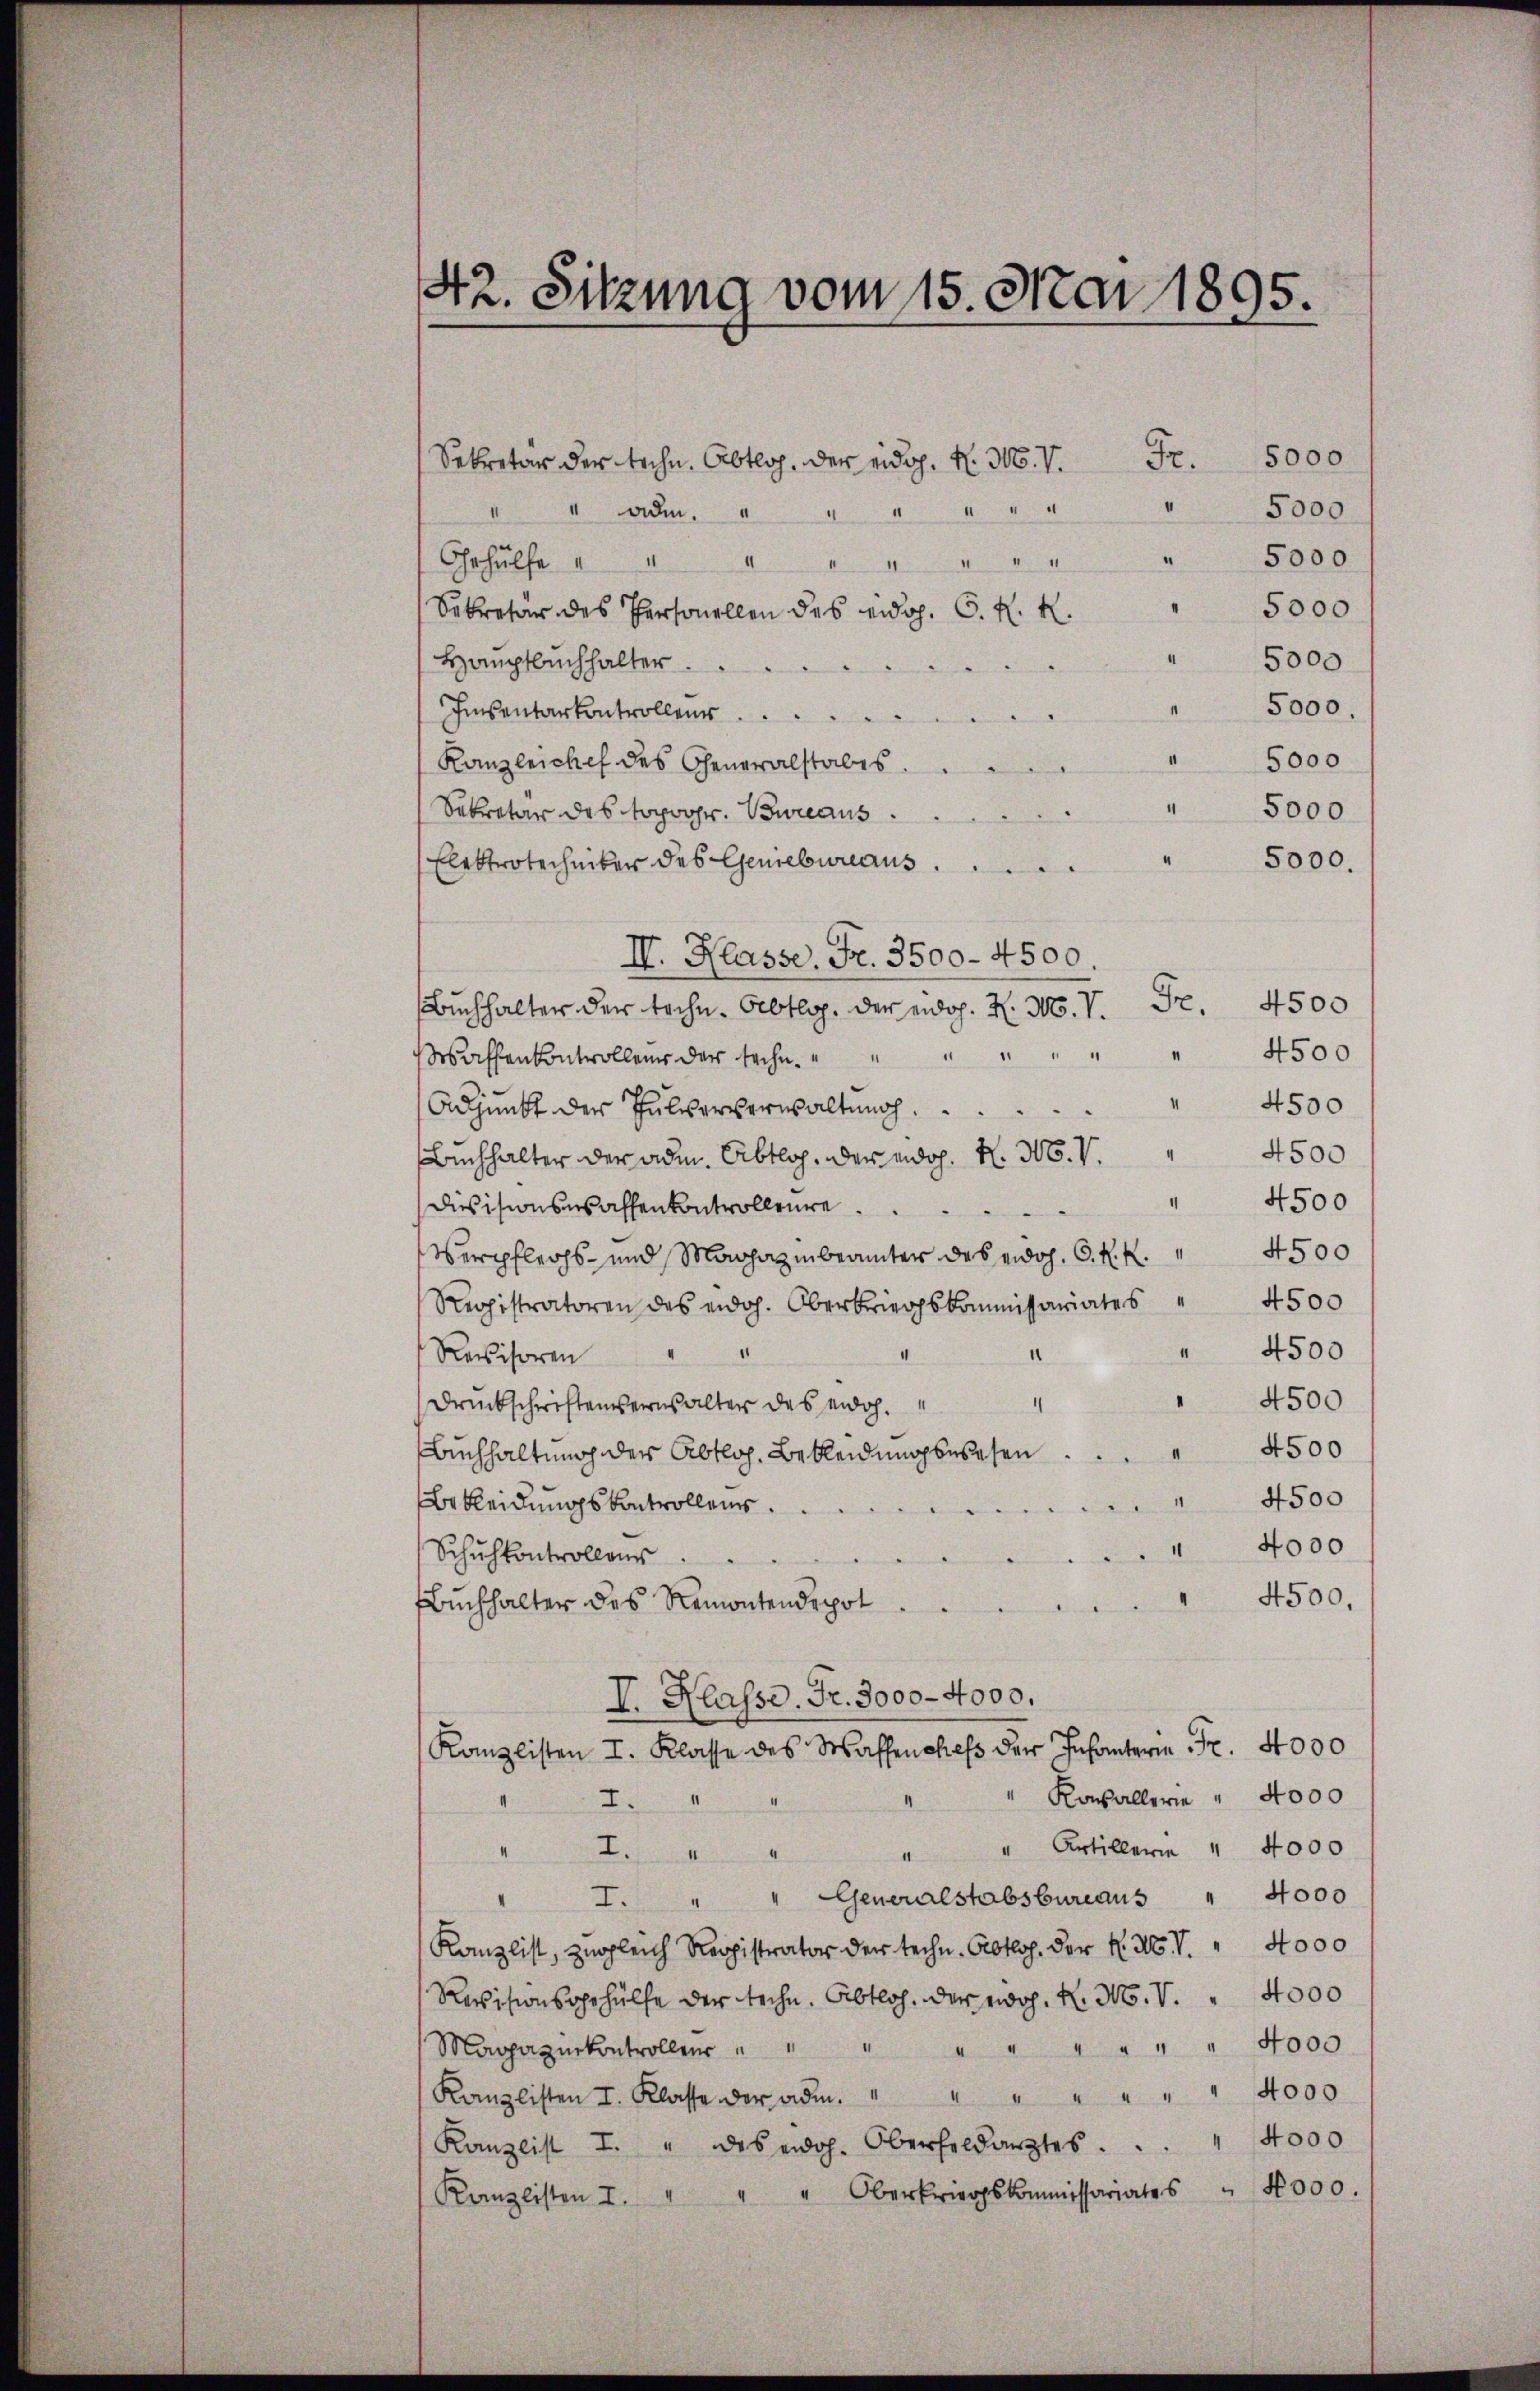
42. Sitzung vom 15. Mai 1895.

Sekretär der techn. Abtlos, der eidg. H. M. V. Fr. 5000
4
 adm
.
.
Gehülfe
.
II
1
.
Sekretär des Personellen des eidg. 6. R. R.
Hauptbuchhalter.
Iinsentarkontrolleur
Kanzleichef des Generalstabes
Sekretär des topogr. Bureaus
Elektrotechniker des Geniebureaus
I. Klasse. Fr. 3500 - 4500.
Fr.
Buchhalter der techn. Albtlop. der eidg. H. Mo. V.
Wenn der sehn. " " " " " " " 4500
Adjunkt der Pulververwaltung.
4500
Buchhalter der adm. Abtlos, der eidg. H. M. V.
Diesisionswaffenkontrolleure.
4500
Verpflechs- und Machaz in beamter des eidoh. C. R. R.
Registratoren des eid. Oberkriegskommissariates " 4500
1
Revisoren
4500
Druckschriftenserns alter des eidg.
4500
Buchhaltung der Abtloh. Bekleidung besehen
4500
Bekleidungskontrollen.
4000
Schulkontrollens

4500.
Buchhalter des Remontendepot
V. Klasse. Fr. 3000 - 4000.
Kzlisten I. Klasse des I. 4000
Kasallerie " 4000
2.
" Artiller " 4000
.
4000
I. " " Generalstabsbureaus
Kanzlist, zugleich Registrator der techn. Abtlos, der N. N. V. " 4000
Revisionsgehülfe der techn. Abtloch, der roh. H. N. V. " 4000
4000
Magazinkontrollen
Kanzlisten I. Klasse der od. " " " " " " " 4000
4000
Kanzlist I. " des eidg. Oberfeldarztes.
Oberkriegskommissariates " 4000.
Kanzlisten I.

4

4500
4500
" 4500

5000
5000
5000
" 5000
" 5000.
" 5000
5000

4500

5000.